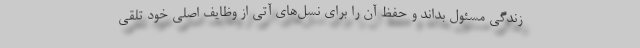
زندگی مسئول بداند و حفظ آن را برای نسل‌های آتی از وظایف اصلی خود تلقی